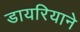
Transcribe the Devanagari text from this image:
डायरियाने